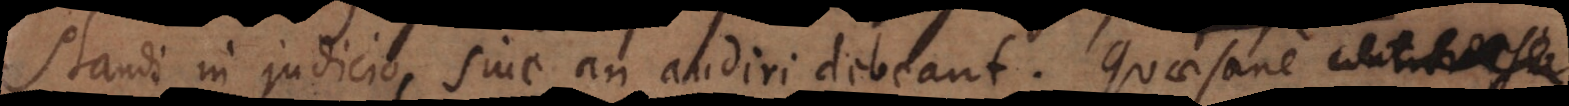
standi in judicio, sive an audiri debeant. Quae sane controversia